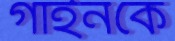
গাইনকে